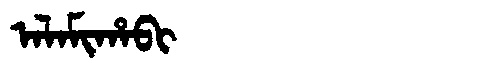
Manchu: ᠠᠯᠠᠮᡳᡥᠠᠪᡳ
Romanization: ALAMIHABI